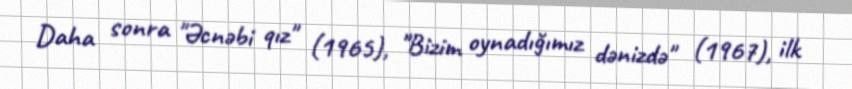
Daha sonra "Əcnəbi qız" (1965), "Bizim oynadığımız dənizdə" (1967), ilk